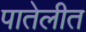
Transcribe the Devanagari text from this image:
पातेलीत